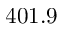
4 0 1 . 9